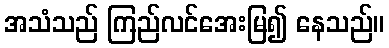
အသံသည် ကြည်လင်အေးမြ၍ နေသည်။